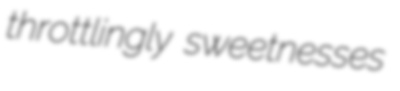
throttlingly sweetnesses